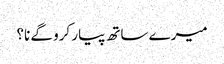
میرے ساتھ پیار کرو گے نا؟